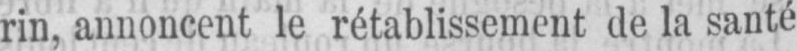
rin, annoncent le rétablissement de la santé